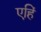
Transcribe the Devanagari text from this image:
एहिं